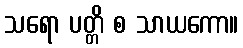
သရော ပတ္တိ စ သာယကော။